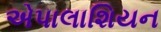
એપાલાશિયન